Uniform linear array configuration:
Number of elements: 12
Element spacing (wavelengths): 0.75
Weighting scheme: kaiser
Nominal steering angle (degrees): -60
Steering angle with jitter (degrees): -60.371
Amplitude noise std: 0.05
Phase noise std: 0.05

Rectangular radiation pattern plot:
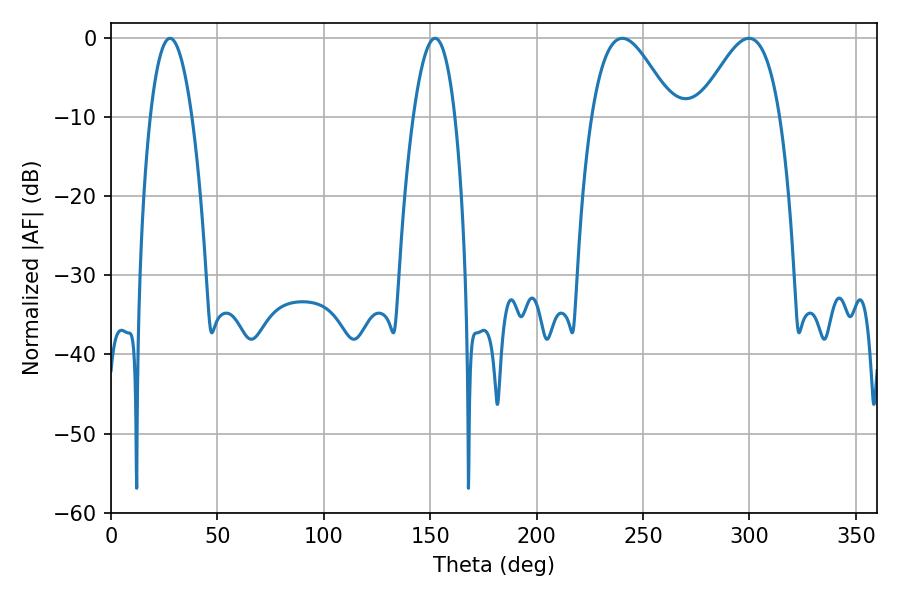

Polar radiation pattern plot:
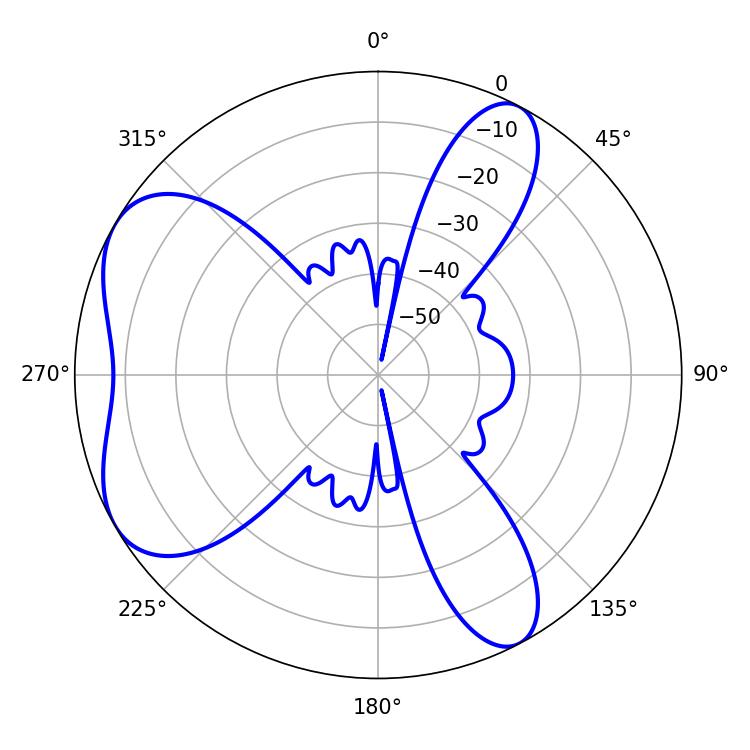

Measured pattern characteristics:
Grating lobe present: TRUE
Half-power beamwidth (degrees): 10.8
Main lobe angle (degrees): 27.72